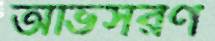
অভিসরণ